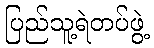
ပြည်သူ့ရဲတပ်ဖွဲ့